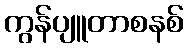
ကွန်ပျူတာစနစ်